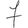
Digit: 7